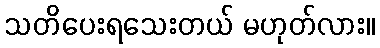
သတိပေးရသေးတယ် မဟုတ်လား။